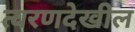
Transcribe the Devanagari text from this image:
त्वरणदेखील